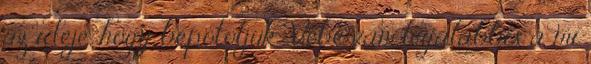
az ideje, hogy bepótoljuk. Vébé van, legalábbis a mi